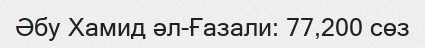
Әбу Хамид әл-Ғазали: 77,200 сөз